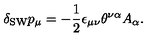
\delta _ { \mathrm { S W } } p _ { \mu } = - \frac { 1 } { 2 } \epsilon _ { \mu \nu } \theta ^ { \nu \alpha } A _ { \alpha } .